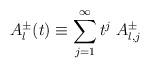
LaTeX: \begin{align*}A^{\pm}_l(t) \equiv \sum_{j=1}^{\infty} t^j \; A^{\pm}_{l,j}\end{align*}